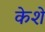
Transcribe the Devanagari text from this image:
केशे